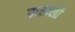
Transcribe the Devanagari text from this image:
मत्ताली